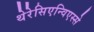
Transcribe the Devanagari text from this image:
थेरेसिएन्विएस्से